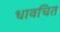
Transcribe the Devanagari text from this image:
धावचित